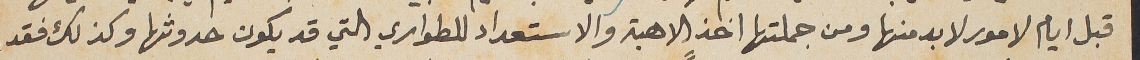
قبل ايام لامور لا بد منها ومن جملتها اخذ الاهبة والاستعداد للطواري التي قد يكون حدوثها وكذلك فقد